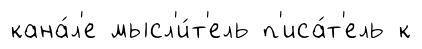
кана́л'е мысл'и́т'ель п'иса́т'ель к